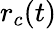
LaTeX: r_{c}(t)